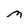
Character: M